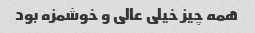
همه چیز خیلی عالی و خوشمزه بود